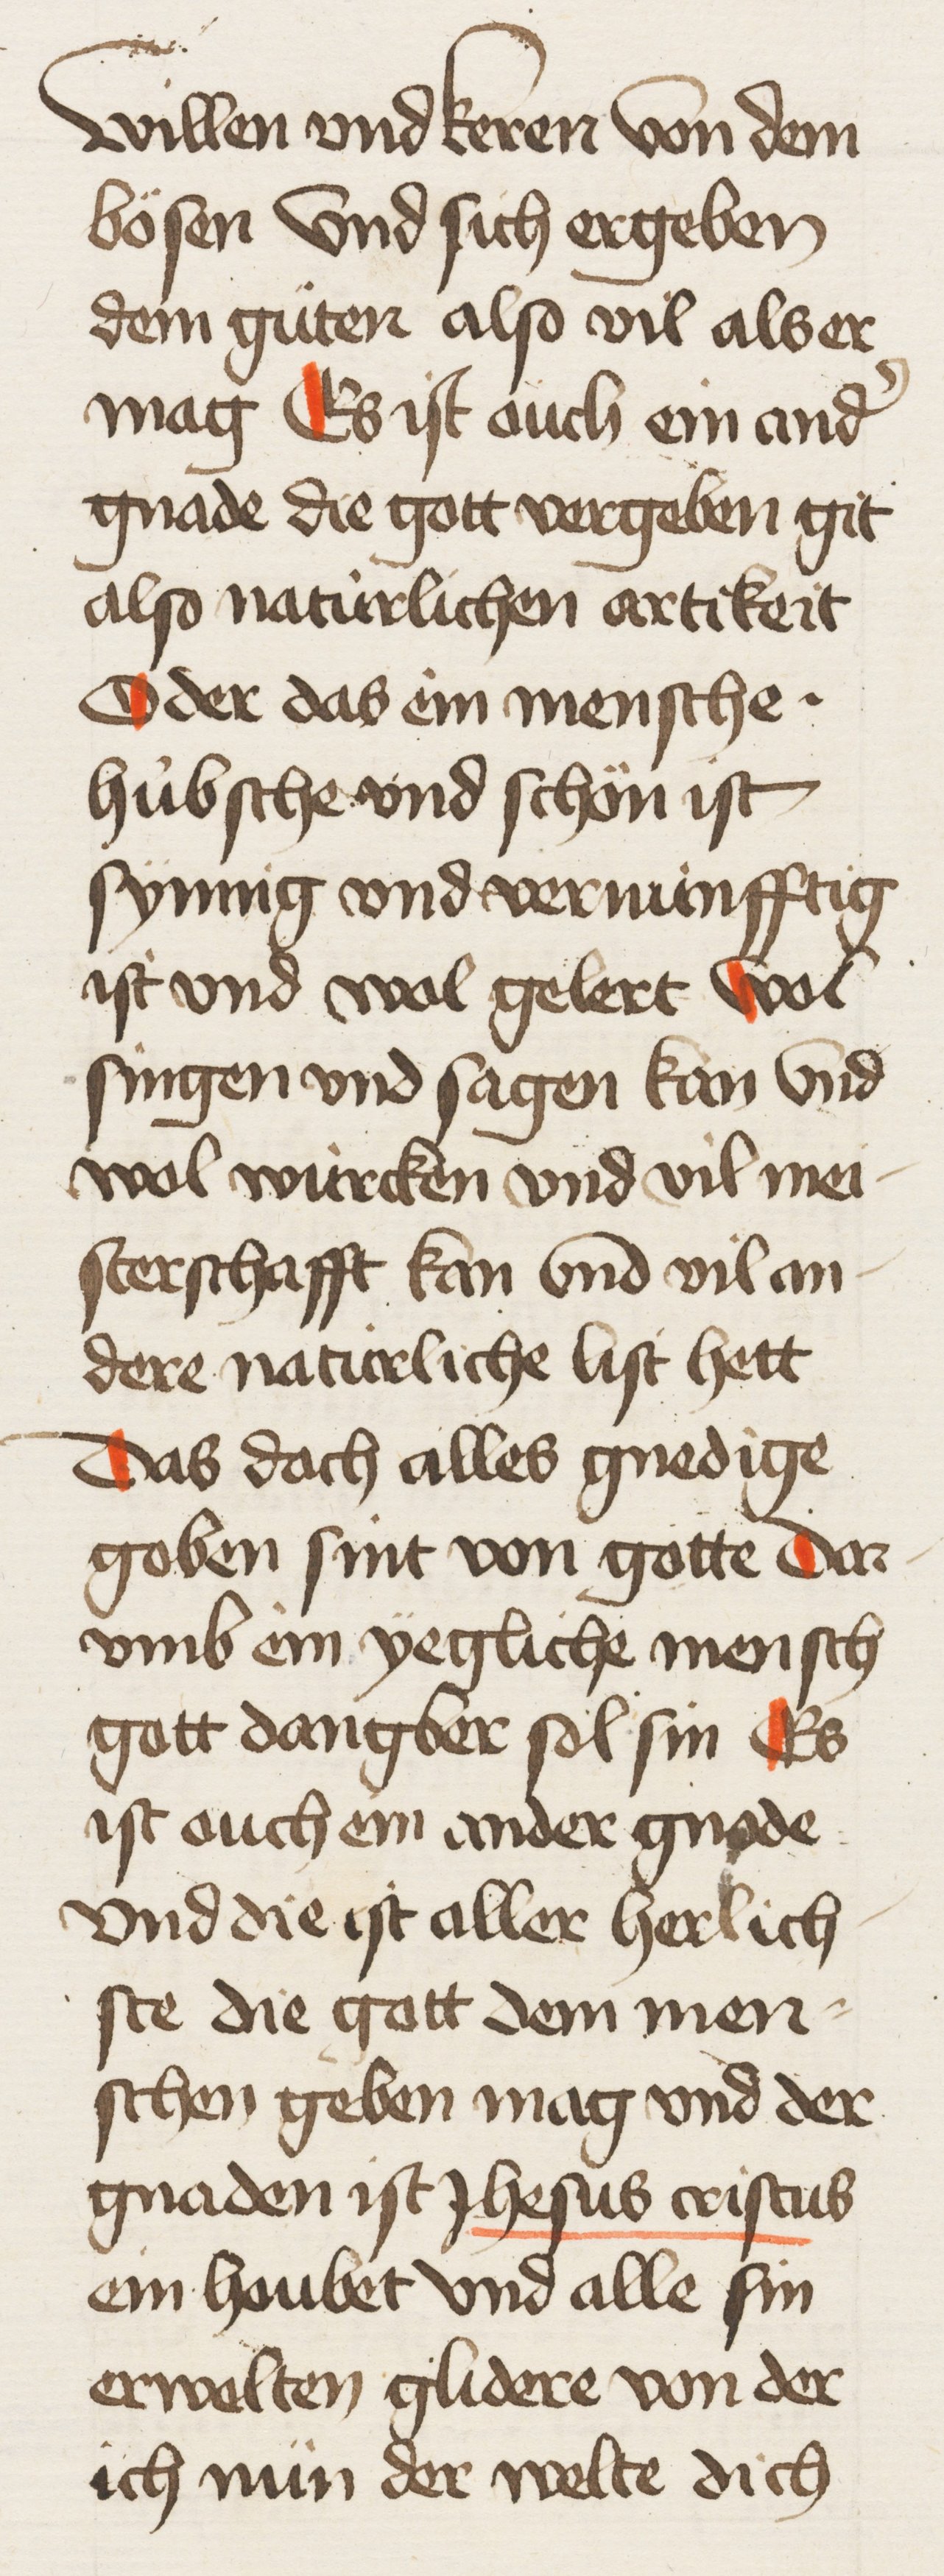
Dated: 1450–1499